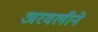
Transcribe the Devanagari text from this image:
अरवलीने